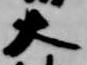
大